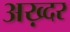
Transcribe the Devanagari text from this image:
अख़्दर